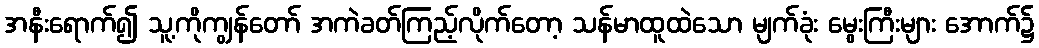
အနီးရောက်၍ သူ့ကိုကျွန်တော် အကဲခတ်ကြည့်လိုက်တော့ သန်မာထူထဲသော မျက်ခုံး မွေးကြီးများ အောက်၌